system: You are a helpful assistant.
user:
Analyze the provided spectrum to determine if it is a **Carbon Star (C-type)**.

- **Key Visual Indicators of Carbon Star:**
    - **(Primary):** Strong molecular absorption from **C₂ (diatomic carbon) "Swan Bands."** This is the **defining feature** of a carbon star.
        - **(Key Bandheads):** Sharp absorption edges are visible at approximately $5635$ Å, $5165$ Å (the strongest band), and $4737$ Å.
        - **(Line Profile):** Creates a distinct **"saw-tooth"** pattern. The key morphology is a sharp, steep bandhead on the **red (long-wavelength) side**, which then gradually tapers off (i.e., flux recovers) towards the **blue (short-wavelength) side**. *(This is the direct opposite of the TiO bands seen in M-type stars)*.

    - **(Secondary):** Intense **CN (cyanogen)** molecular absorption bands.
        - **(Key Bandheads):** Located in the blue and violet regions of the spectrum (e.g., near $4215$ Å and $3883$ Å).
        - **(Morphology):** These bands are extremely broad and act as a "blanket," absorbing the vast majority of blue and violet light. This creates a characteristic **"cliff"** or **"steep drop-off"** in the spectrum's flux at short wavelengths.

    - **(Key Confirmation):** Strong **CH absorption band (G-band)**.
        - **(Key Bandhead):** Located around $4300$ Å. The contribution from CH molecules to this band is exceptionally strong.

    - **(Overall Spectrum):**
        - The continuum is severely "chopped up" by these deep molecular bands, especially C₂, rather than appearing as a smooth curve.
        - Due to the heavy CN and C₂ absorption in the blue-green, the vast majority of the star's flux is concentrated in the red part of the spectrum, giving the star its characteristic deep red color.

Think first, call **spectral_visualization_tool** if needed to examine features in detail, then provide your final answer. Your response must adhere to the following strict rules:
1.  **Overall Structure:** Your response must follow the format `<think>...</think> <tool_call>...</tool_call> (if a tool is used) <answer>...</answer>`.
2.  **Tool Usage Constraint:** You may only make **one** tool call per turn.
3.  **Final Answer Format:** In the `<answer>` tag, your conclusion must be inside a `\boxed{}` command (e.g., `\boxed{YES}`), followed by your justification.

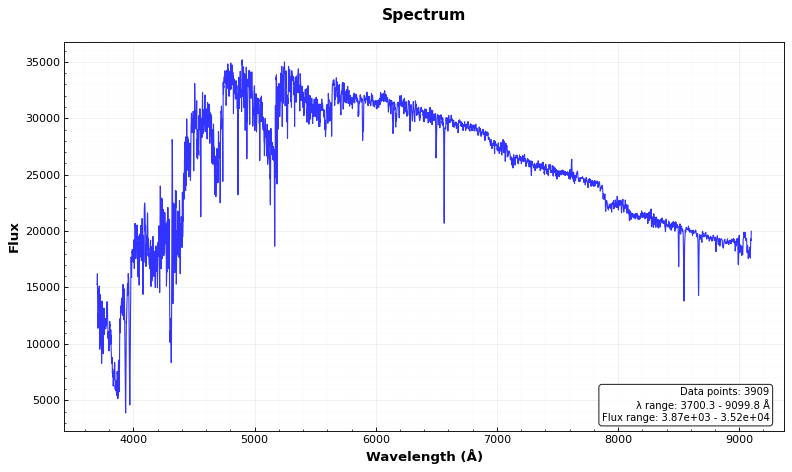
Answer: YES